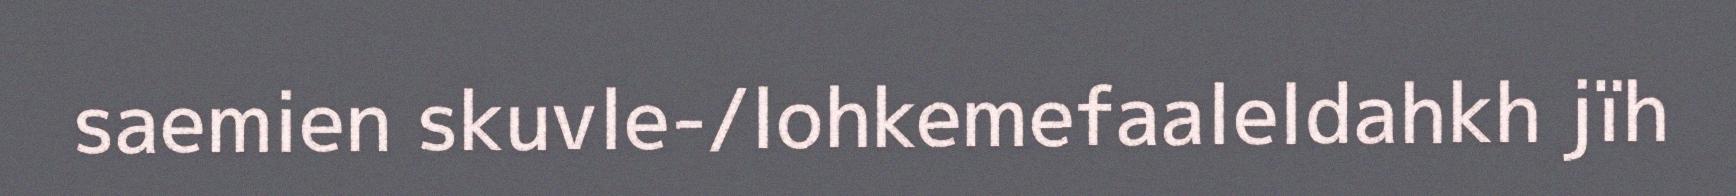
saemien skuvle-/lohkemefaaleldahkh jïh